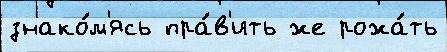
знако́м'ясь пра́в'ить же рожа́ть